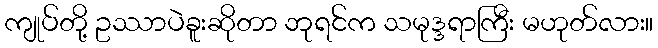
ကျုပ်တို့ ဥဿာပဲခူးဆိုတာ ဘုရင်က သမုဒ္ဒရာကြီး မဟုတ်လား။